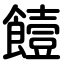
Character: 饐